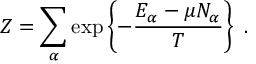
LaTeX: Z = \sum _ { \alpha } \exp \left\{ - { \frac { E _ { \alpha } - \mu N _ { \alpha } } { T } } \right\} \ .